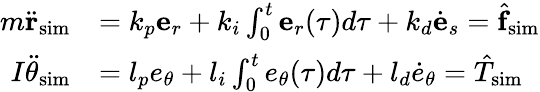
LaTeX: \begin{array}{rl}{m\ddot{\mathbf r}_{\mathrm{sim}}}&{=k_{p}{\mathbf e}_{r}+k_{i}\int_{0}^{t}{\mathbf e}_{r}(\tau)d\tau+k_{d}\dot{\mathbf e}_{s}=\hat{\mathbf f}_{\mathrm{sim}}}\\ {I\ddot{\theta}_{\mathrm{sim}}}&{=l_{p}{e}_{\theta}+l_{i}\int_{0}^{t}{e}_{\theta}(\tau)d\tau+l_{d}\dot{e}_{\theta}=\hat{T}_{\mathrm{sim}}}\end{array}